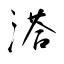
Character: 溚